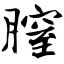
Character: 膣